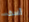
آسف